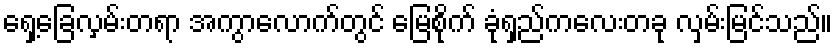
ရှေ့ခြေလှမ်းတရာ အကွာလောက်တွင် မြေစိုက် ခုံရှည်ကလေးတခု လှမ်းမြင်သည်။